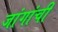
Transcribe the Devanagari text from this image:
जांगांची